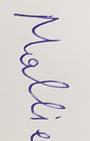
Signature authenticity: forged